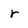
Character: r